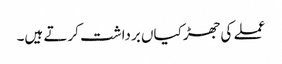
عملے کی جھڑکیاں برداشت کرتے ہیں۔